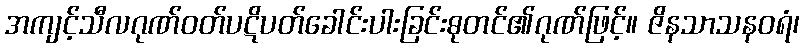
အကျင့်သီလဂုဏ်ဝတ်ပဋိပတ်ခေါင်းပါးခြင်းဓုတင်၏ဂုဏ်ဖြင့်။ ဇိနသာသနဝရံ၊